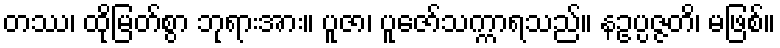
တဿ၊ ထိုမြတ်စွာ ဘုရားအား။ ပူဇာ၊ ပူဇော်သက္ကာရသည်။ နဥပ္ပဇ္ဇတိ၊ မဖြစ်။